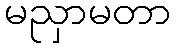
မညှာမတာ